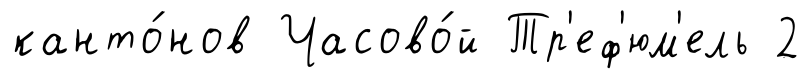
канто́нов Часово́й Тр'еф'юм'ель 2